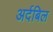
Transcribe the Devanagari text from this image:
अर्दबिल